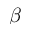
\beta